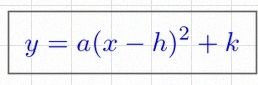
y=a(x-h)^2+k